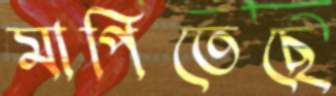
মাপিতেছে